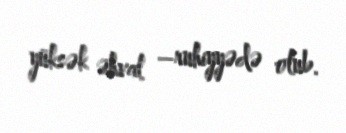
yüksək əhval –ruhiyyədə olub.